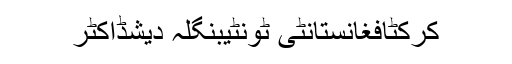
کرکٹافغانستانٹی ٹونٹیبنگلہ دیشڈاکٹر